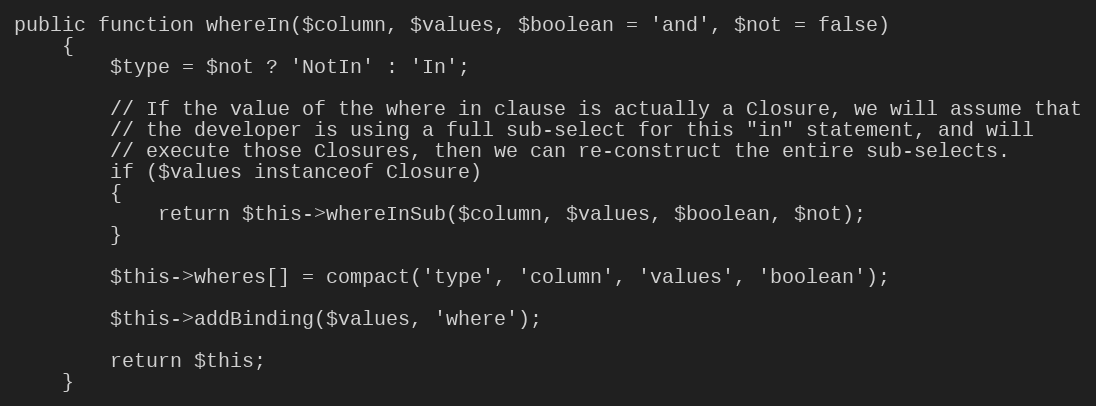
Language: PHP
public function whereIn($column, $values, $boolean = 'and', $not = false)
	{
		$type = $not ? 'NotIn' : 'In';

		// If the value of the where in clause is actually a Closure, we will assume that
		// the developer is using a full sub-select for this "in" statement, and will
		// execute those Closures, then we can re-construct the entire sub-selects.
		if ($values instanceof Closure)
		{
			return $this->whereInSub($column, $values, $boolean, $not);
		}

		$this->wheres[] = compact('type', 'column', 'values', 'boolean');

		$this->addBinding($values, 'where');

		return $this;
	}